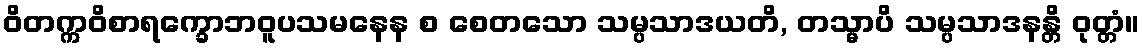
ဝိတက္ကဝိစာရက္ခောဘဝူပသမနေန စ စေတသော သမ္ပသာဒယတိ, တသ္မာပိ သမ္ပသာဒနန္တိ ဝုတ္တံ။